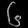
Digit: ၆